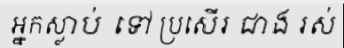
អ្នកស្លាប់ ទៅ ប្រសើរ ជាង រស់